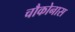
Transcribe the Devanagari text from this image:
चौकोनास